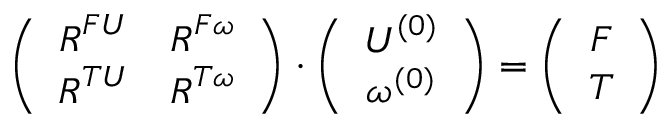
\left( \begin{array} { c c } { \boldsymbol { R } ^ { F U } } & { \boldsymbol { R } ^ { F \omega } } \\ { \boldsymbol { R } ^ { T U } } & { \boldsymbol { R } ^ { T \omega } } \end{array} \right) \cdot \left( \begin{array} { c } { \boldsymbol { U } ^ { ( 0 ) } } \\ { \omega ^ { ( 0 ) } } \end{array} \right) = \left( \begin{array} { c } { \boldsymbol { F } } \\ { \boldsymbol { T } } \end{array} \right)